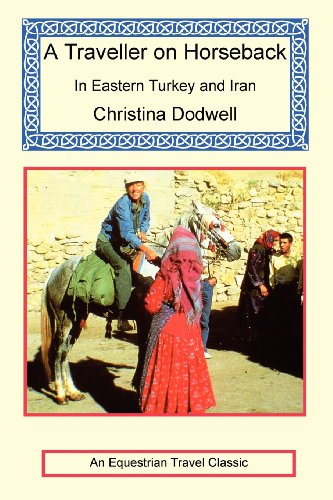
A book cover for A Traveller on Horseback in Eastern Turkey and Iran; Christina Dodwell; Travel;